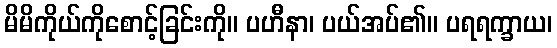
မိမိကိုယ်ကိုစောင့်ခြင်းကို။ ပဟီနာ၊ ပယ်အပ်၏။ ပရရက္ခာယ၊